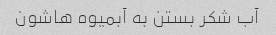
آب شکر بستن به آبمیوه هاشون